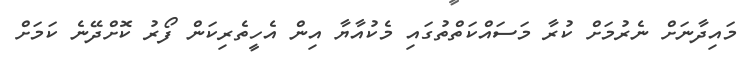
މައިދާނަށް ނެރުމަށް ކުރާ މަސައްކަތްތުގައި މެކުއާޔާ އިން އެހީތެރިކަން ފޯރު ކޮށްދޭނެ ކަމަށް